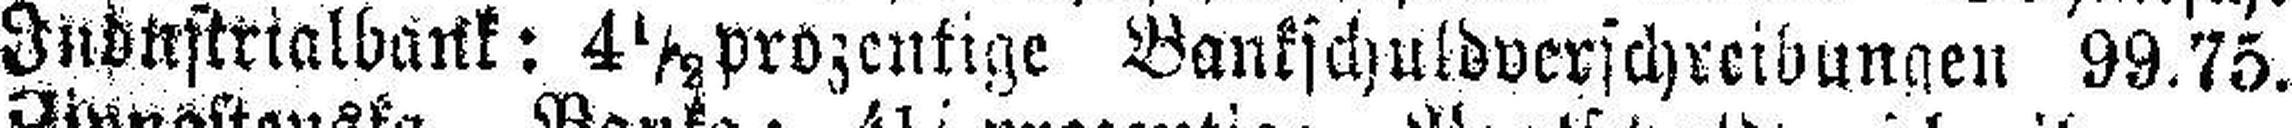
Industrialbank: 4 ½ prozentige Bankschuldverschreibungen 99.75.